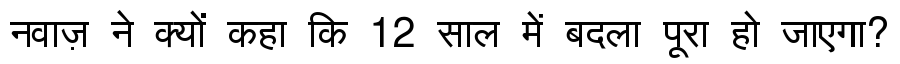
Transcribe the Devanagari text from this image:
नवाज़ ने क्यों कहा कि 12 साल में बदला पूरा हो जाएगा?